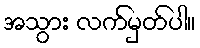
အသွား လက်မှတ်ပါ။